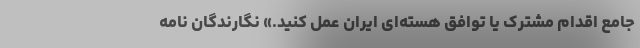
جامع اقدام مشترک یا توافق هسته‌ای ایران عمل کنید.» نگارندگان نامه